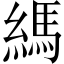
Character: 𦄀